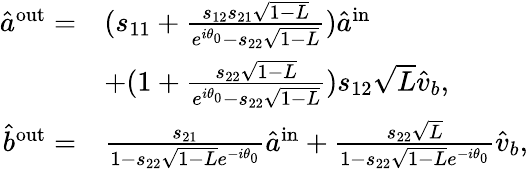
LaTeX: \begin{array}{rl}{\hat{a}^{\mathrm{{out}}}=}&{(s_{11}+\frac{s_{12}s_{21}\sqrt{1-L}}{e^{i\theta_{0}}-s_{22}\sqrt{1-L}})\hat{a}^{\mathrm{in}}}\\ &{+(1+\frac{s_{22}\sqrt{1-L}}{e^{i\theta_{0}}-s_{22}\sqrt{1-L}})s_{12}\sqrt{L}\hat{v}_{b},}\\ {\hat{b}^{\mathrm{{out}}}=}&{\frac{s_{21}}{1-s_{22}\sqrt{1-L}e^{-i\theta_{0}}}\hat{a}^{\mathrm{in}}+\frac{s_{22}\sqrt{L}}{1-s_{22}\sqrt{1-L}e^{-i\theta_{0}}}\hat{v}_{b},}\end{array}